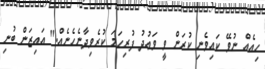
ހިއެއް ނުވޭ ކައިވެނި ކުރަން ވީ ވަޢުދު ފުރިހަމަ ކުރެވިދާނެހެނެއް." އައިޒަން ބުނި